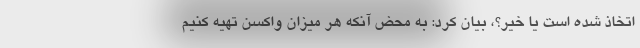
اتخاذ شده است یا خیر؟، بیان کرد: به محض آنکه هر میزان واکسن تهیه کنیم